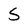
Character: S